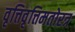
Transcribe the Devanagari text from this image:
वृत्तिवृत्तिमतोरत्र